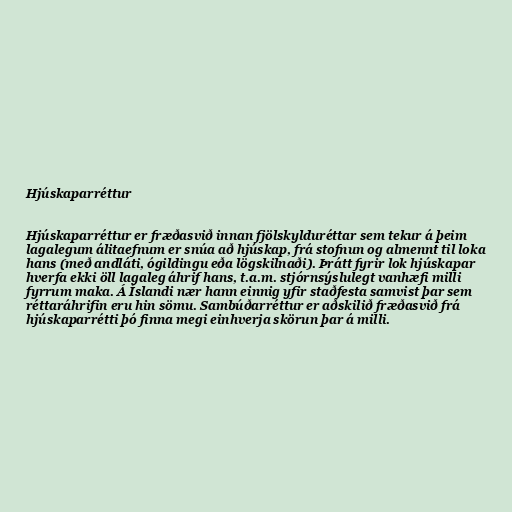
Hjúskaparréttur

Hjúskaparréttur er fræðasvið innan fjölskylduréttar sem tekur á þeim
lagalegum álitaefnum er snúa að hjúskap, frá stofnun og almennt til loka
hans (með andláti, ógildingu eða lögskilnaði). Þrátt fyrir lok hjúskapar
hverfa ekki öll lagaleg áhrif hans, t.a.m. stjórnsýslulegt vanhæfi milli
fyrrum maka. Á Íslandi nær hann einnig yfir staðfesta samvist þar sem
réttaráhrifin eru hin sömu. Sambúðarréttur er aðskilið fræðasvið frá
hjúskaparrétti þó finna megi einhverja skörun þar á milli.